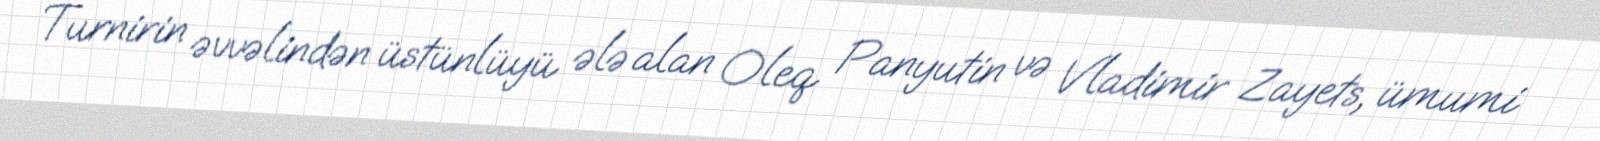
Turnirin əvvəlindən üstünlüyü ələ alan Oleq Panyutin və Vladimir Zayets, ümumi